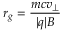
r _ { g } = { \frac { m c v _ { \perp } } { | q | B } }